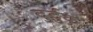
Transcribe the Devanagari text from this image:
दुर्दुक